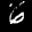
Label: 6